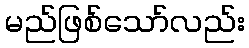
မည်ဖြစ်သော်လည်း